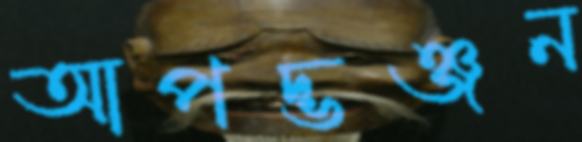
আপদ্‌ভঞ্জন